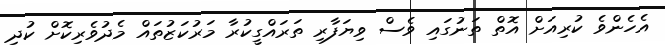
އެހެންވެ ކުރިއަށް އޮތް ތަނުގައި ވެސް ވިޔަފާރި ތަރައްގީކުރާ މަރުކަޒުތައް މެދުވެރިކޮށް ކުދި